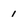
Character: 1